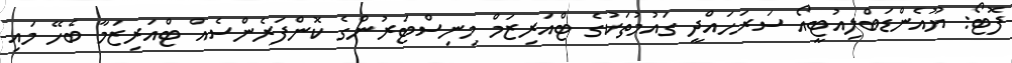
ފޮޓޯ: ޔޫއެންޑަބްލިއުޓީއޯ ސަރަހައްދީ ގައުމުތަކުގެ ޓްއަރިޒަމް މިނިސްޓަރުންގެ ކޮންފަރެންސެއް ޓްއަރިޒަމާ ބެހޭ މައި